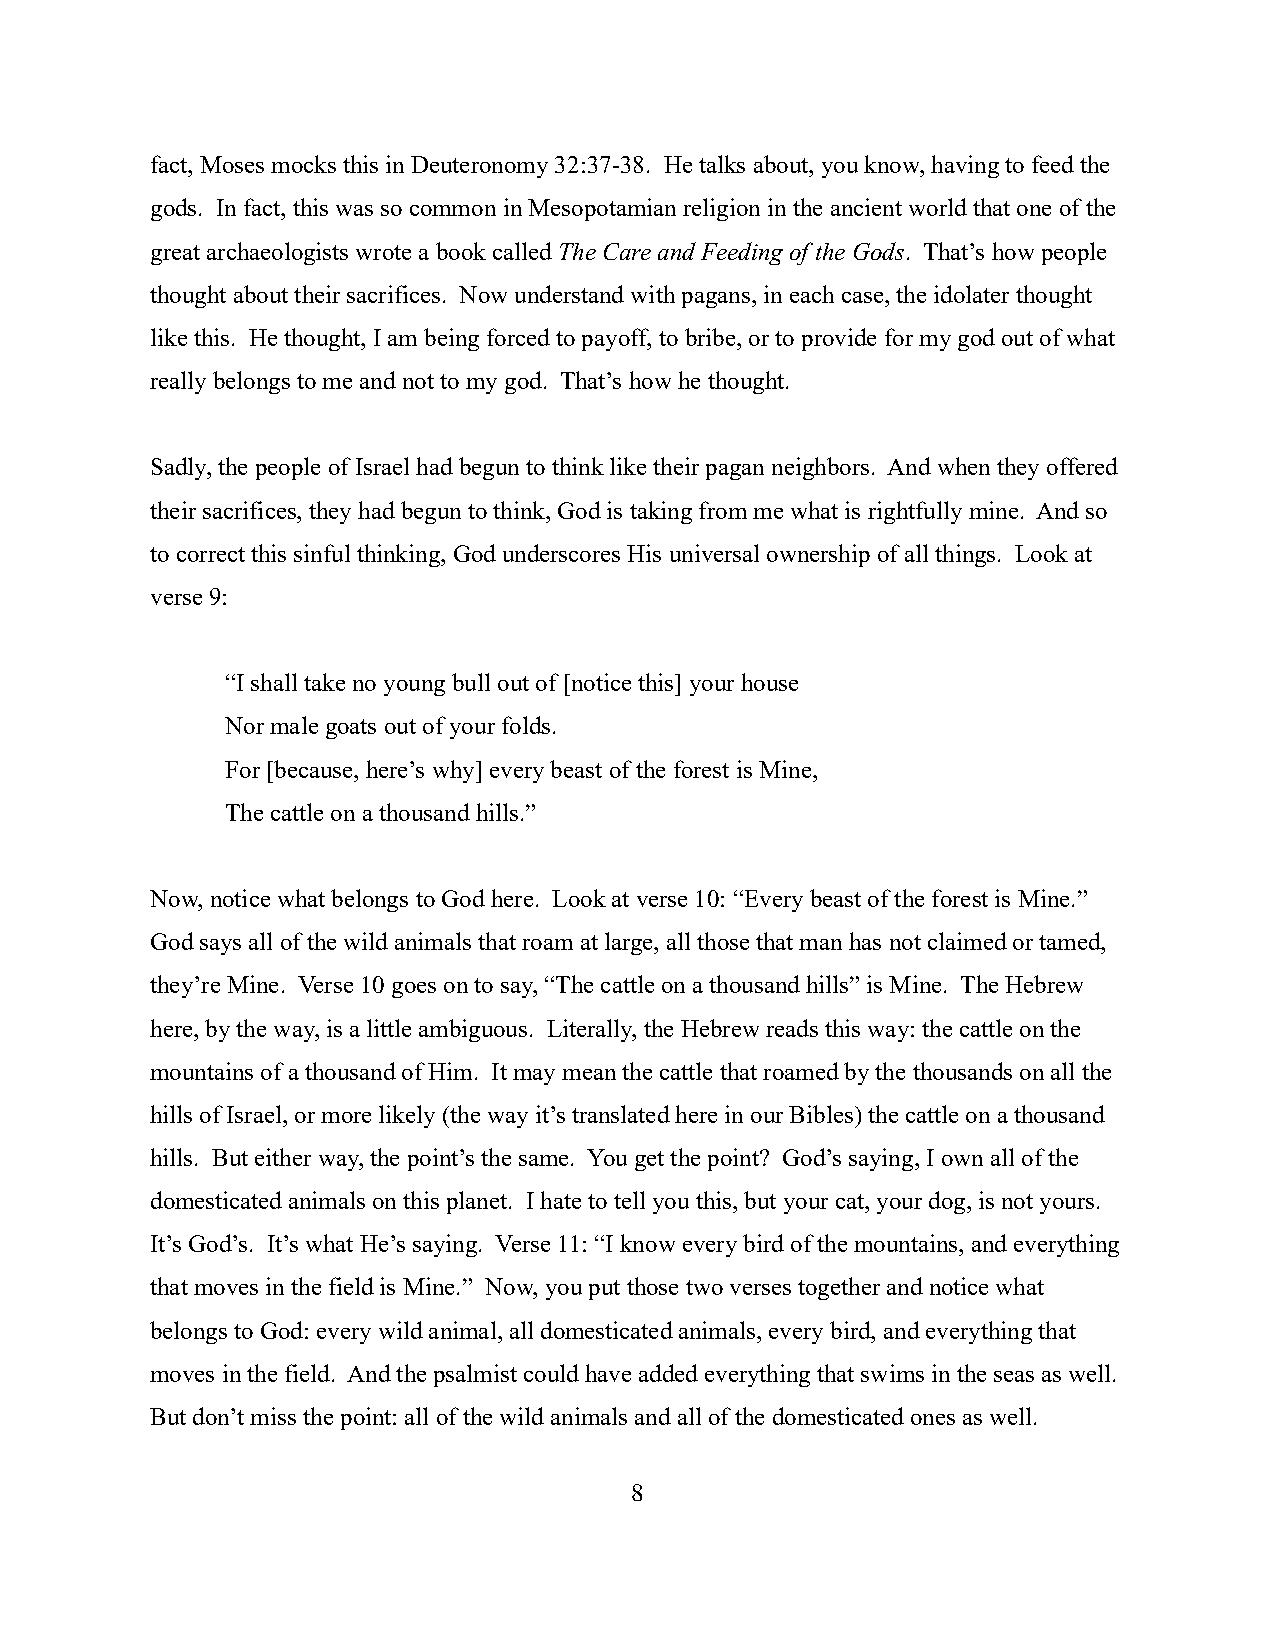
fact, Moses mocks this in Deuteronomy 32:37-38. He talks about, you know, having to feed the
 gods. In fact, this was so common in Mesopotamian religion in the ancient world that one of the
 great archaeologists wrote a book called The Care and Feeding of the Gods. That’s how people
 thought about their sacrifices. Now understand with pagans, in each case, the idolater thought
 like this. He thought, I am being forced to payoff, to bribe, or to provide for my god out of what
 really belongs to me and not to my god. That’s how he thought.
 Sadly, the people of Israel had begun to think like their pagan neighbors. And when they offered
 their sacrifices, they had begun to think, God is taking from me what is rightfully mine. And so
 to correct this sinful thinking, God underscores His universal ownership of all things. Look at
 verse 9:
 “I shall take no young bull out of [notice this] your house
 Nor male goats out of your folds.
 For [because, here’s why] every beast of the forest is Mine,
 The cattle on a thousand hills.”
 Now, notice what belongs to God here. Look at verse 10: “Every beast of the forest is Mine.”
 God says all of the wild animals that roam at large, all those that man has not claimed or tamed,
 they’re Mine. Verse 10 goes on to say, “The cattle on a thousand hills” is Mine. The Hebrew
 here, by the way, is a little ambiguous. Literally, the Hebrew reads this way: the cattle on the
 mountains of a thousand of Him. It may mean the cattle that roamed by the thousands on all the
 hills of Israel, or more likely (the way it’s translated here in our Bibles) the cattle on a thousand
 hills. But either way, the point’s the same. You get the point? God’s saying, I own all of the
 domesticated animals on this planet. I hate to tell you this, but your cat, your dog, is not yours.
 It’s God’s. It’s what He’s saying. Verse 11: “I know every bird of the mountains, and everything
 that moves in the field is Mine.” Now, you put those two verses together and notice what
 belongs to God: every wild animal, all domesticated animals, every bird, and everything that
 moves in the field. And the psalmist could have added everything that swims in the seas as well.
 But don’t miss the point: all of the wild animals and all of the domesticated ones as well.
 8